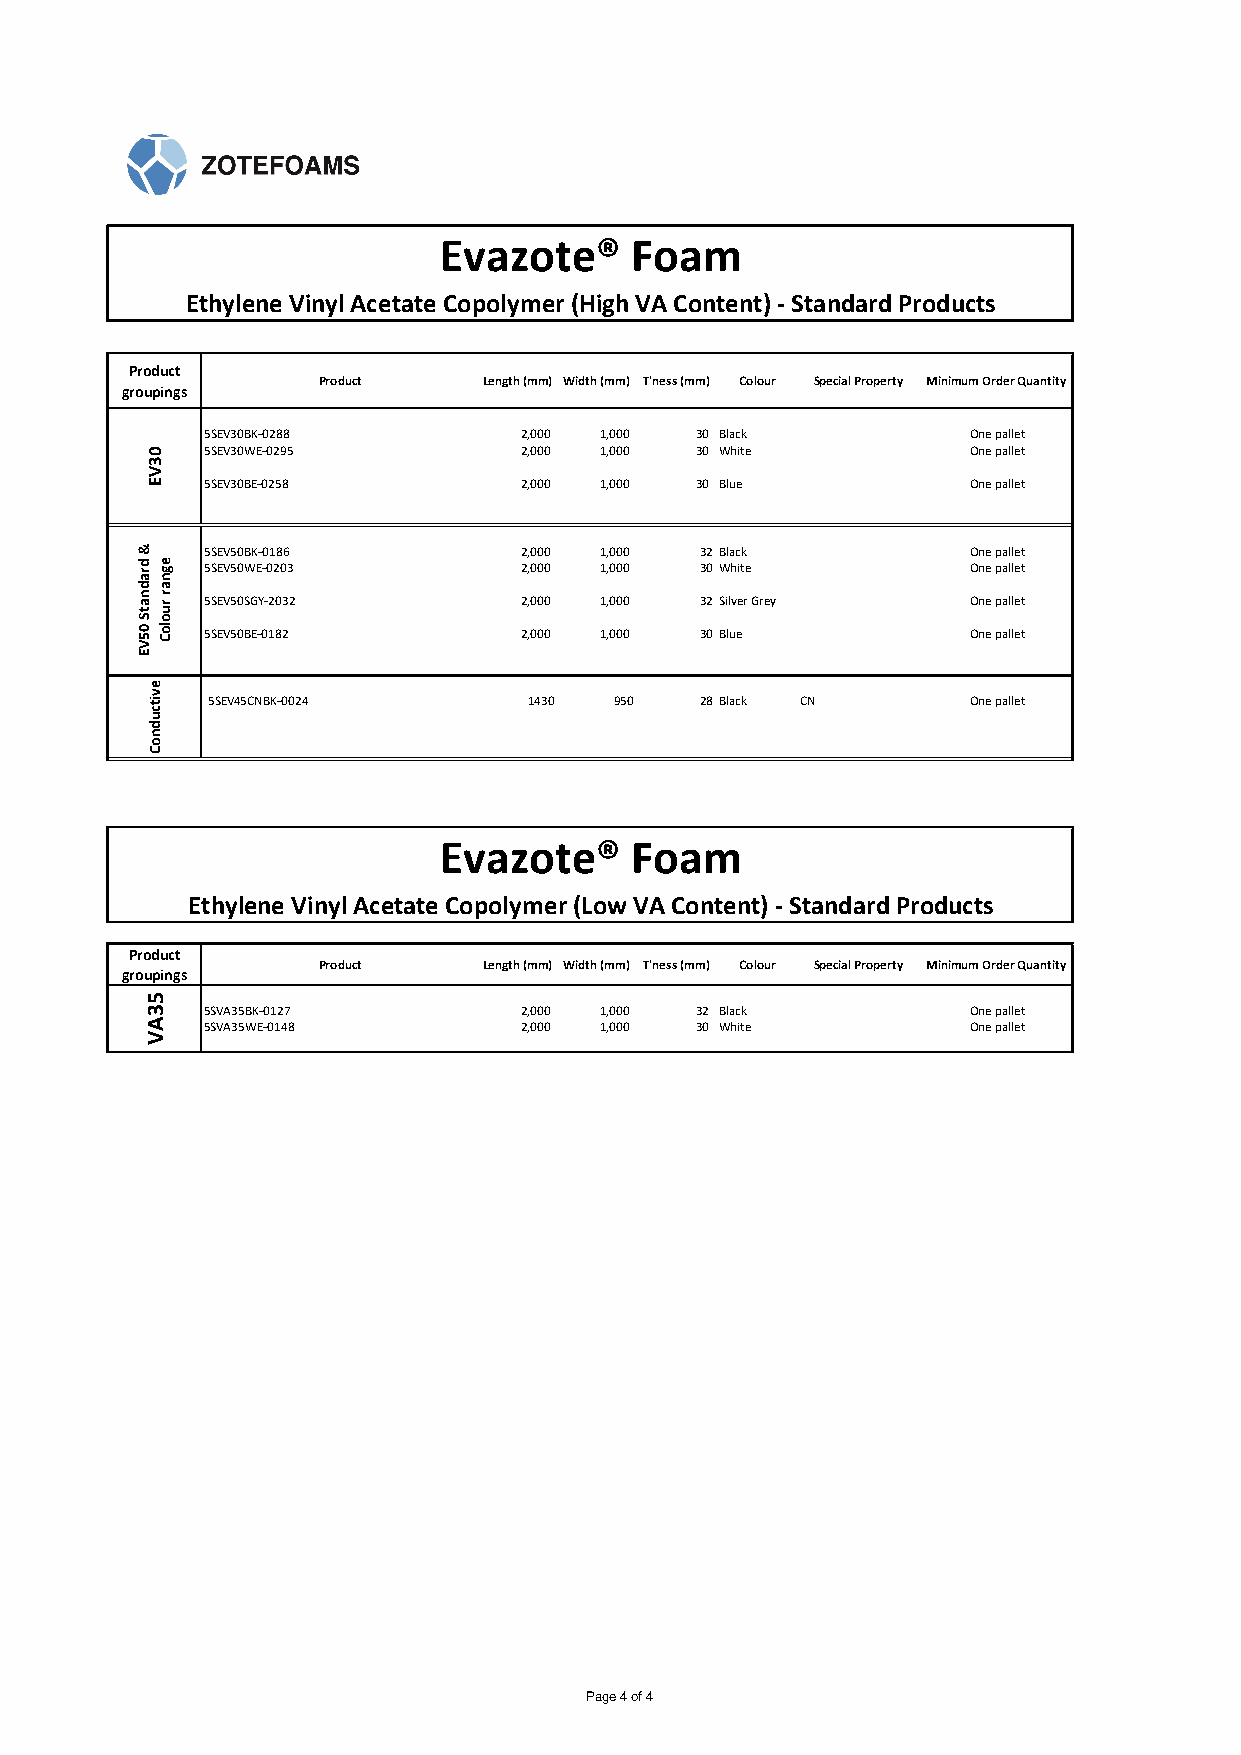
Evazote®     Foam
 Ethylene Vinyl Acetate Copolymer (High VA Content) - Standard Products
 Product
 Product    Length (mm) Width (mm) T'ness (mm) Colour Special Property Minimum Order Quantity
 groupings
 5SEV30BK-0288        2,000 1,000 30 Black          One pallet
 5SEV30WE-0295        2,000 1,000 30 White          One pallet
 5SEV30BE-0258        2,000 1,000 30 Blue           One pallet
 5SEV50BK-0186        2,000 1,000 32Black           One pallet
 5SEV50WE-0203        2,000 1,000 30White           One pallet
 5SEV50SGY-2032       2,000 1,000 32Silver Grey     One pallet
 5SEV50BE-0182        2,000 1,000 30Blue            One pallet
 5SEV45CNBK-0024      1430  950  28Black CN        One pallet
 Evazote®     Foam
 Ethylene Vinyl Acetate Copolymer (Low VA Content) - Standard Products
 Product
 Product    Length (mm) Width (mm) T'ness (mm) Colour Special Property Minimum Order Quantity
 groupings
 5SVA35BK-0127        2,000 1,000 32 Black          One pallet
 5SVA35WE-0148        2,000 1,000 30 White          One pallet
 Page 4 of 4
 &
 dradnatS
 05VE
 03VE
 evitcudnoC
 53AV
 egnar
 ruoloC